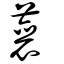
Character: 蘘